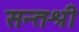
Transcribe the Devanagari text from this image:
सन्तश्री